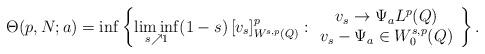
LaTeX: \begin{align*}\Theta(p,N;a) = \inf \left\{ \liminf_{s\nearrow 1} (1-s)\,[v_s]_{W^{s,p}(Q)}^p: \begin{array}{c}v_s \to \Psi_a L^p(Q)\\v_s-\Psi_a\in W^{s,p}_0(Q) \end{array}\right\}.\end{align*}